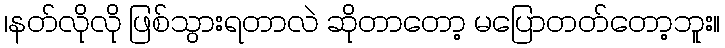
၊နတ်လိုလို ဖြစ်သွားရတာလဲ ဆိုတာတော့ မပြောတတ်တော့ဘူး။